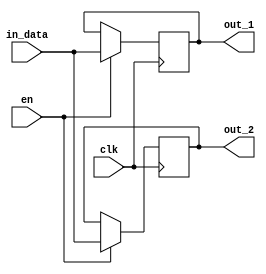
module Block(
	input clk,
	input in_data,
	input en,
	output reg out_1,
	output reg out_2
);
always @ (posedge clk )
if(en)
	begin
		out_1 = in_data;
		out_2 = out_1;
	end
else
	begin
		out_1 = out_1;
		out_2 = out_2;
	end
endmodule